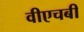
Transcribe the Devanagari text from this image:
वीएचबी